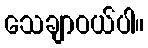
သေချာဝယ်ပါ။